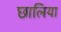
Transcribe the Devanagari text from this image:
छालिया